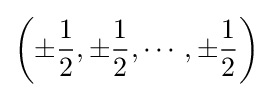
\left(\pm {\frac {1}{2}},\pm {\frac {1}{2}},\cdots ,\pm {\frac {1}{2}}\right)\!